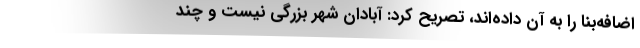
اضافه‌بنا را به آن داده‌اند، تصریح کرد:‌ آبادان شهر بزرگی نیست و چند